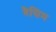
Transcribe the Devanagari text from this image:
बैसिम